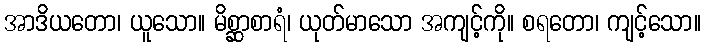
အာဒိယတော၊ ယူသော။ မိစ္ဆာစာရံ၊ ယုတ်မာသော အကျင့်ကို။ စရတော၊ ကျင့်သော။